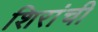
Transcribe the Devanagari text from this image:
शिरांची